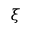
\xi